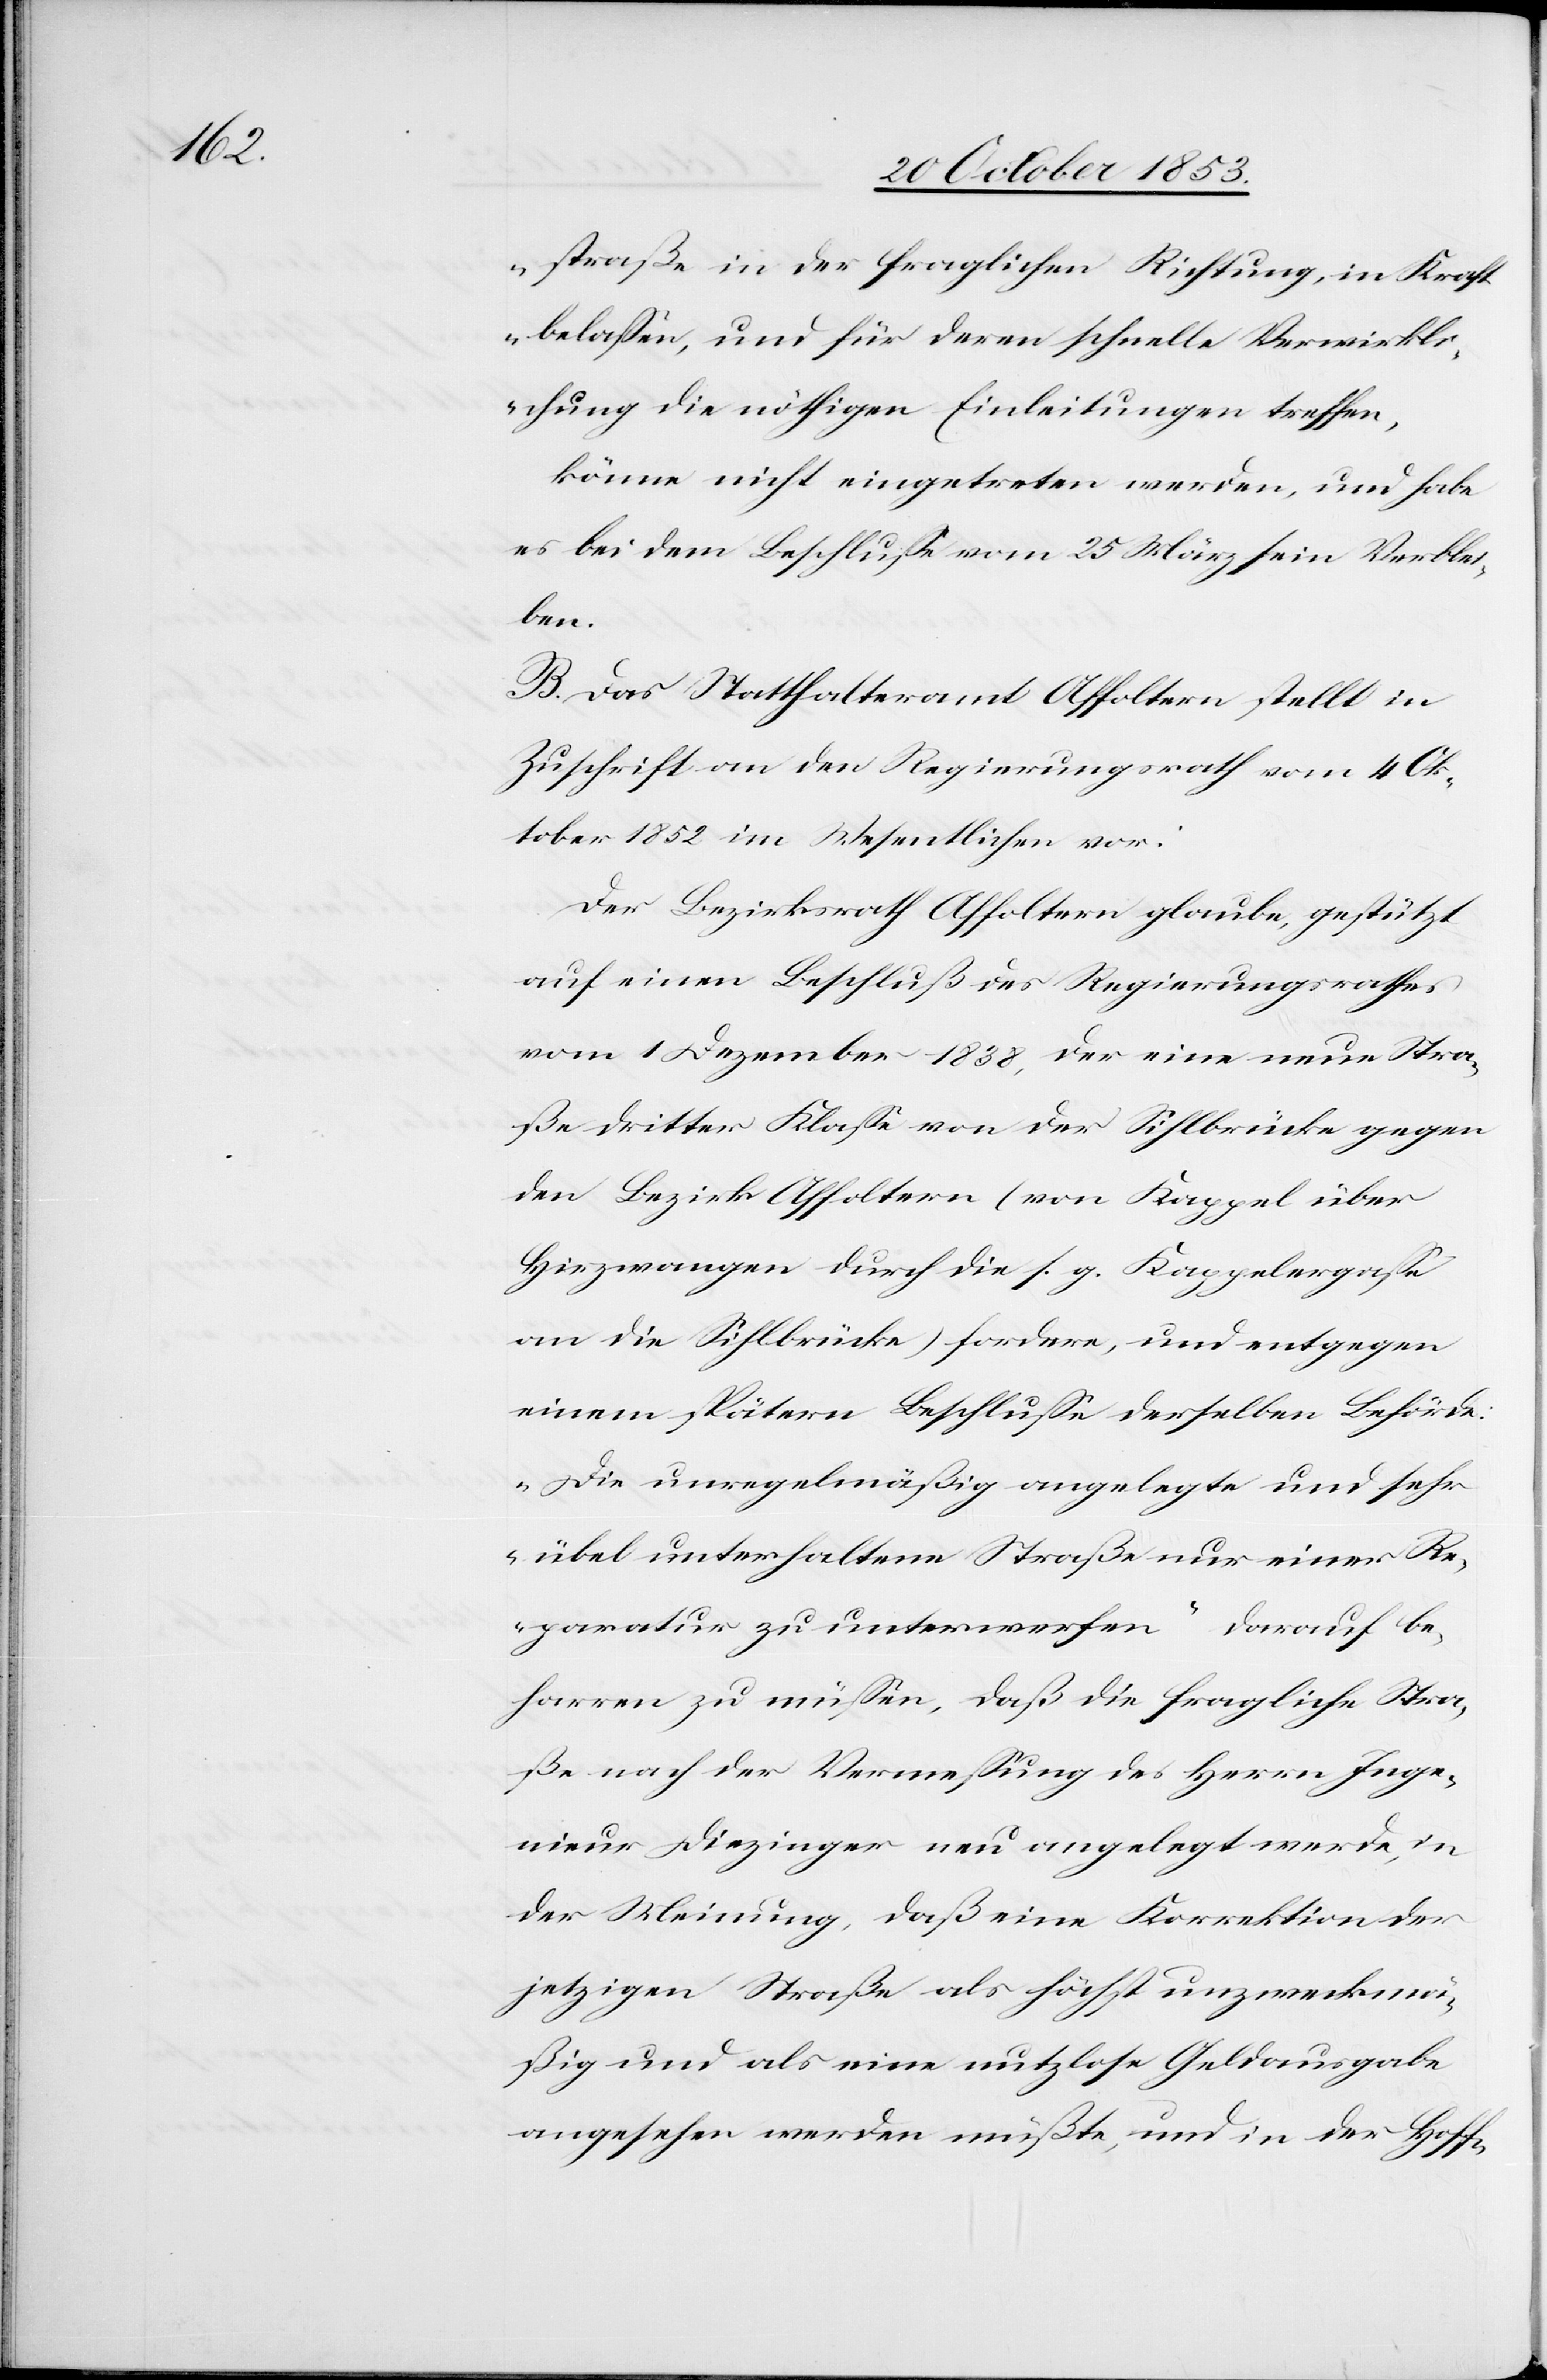
straße in der fraglichen Richtung, in Kraft
belaßen, und für deren schnelle Verwirkli¬
chung die nöthigen Einleitungen treffen,“
könne nicht eingetreten werden, und habe
es bei dem Beschluße vom 25 März sein Verblei¬
ben.
B. Das Statthalteramt Affoltern stellt in
Zuschrift an den Regierungsrath vom 4 Ok¬
tober 1852 im Wesentlichen vor:
Der Bezirksrath Affoltern glaube, gestützt
auf einen Beschluß des Regierungsrathes
vom 1 Dezember 1838, der eine neue Stra¬
ße dritter Klaße von der Sihlbrücke gegen
den Bezirk Affoltern (von Kappel über
Hirzwangen durch die s. g. Kappelgaße
an die Sihlbrücke) fordere, und entgegen
einem spätern Beschluße derselben Behörde:
„Die unregelmäßig angelegte und sehr
übel unterhaltene Straße nur einer Re¬
paratur zu unterwerfen“ darauf be¬
harren zu müßen, daß die fragliche Stra¬
ße nach der Vermeßung des Herrn Inge¬
nieur Diezinger neu angelegt werde, in
der Meinung, daß eine Korrektion der
jetzigen Straße als höchst unzweckmä¬
ßig und als eine nutzlose Geldausgabe
angesehen werden müßte, und in der Hoff-